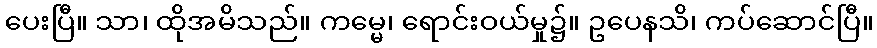
ပေးပြီ။ သာ၊ ထိုအမိသည်။ ကမ္မေ၊ ရောင်းဝယ်မှု၌။ ဥပေနသိ၊ ကပ်ဆောင်ပြီ။